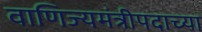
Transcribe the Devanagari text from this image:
वाणिज्यमंत्रीपदाच्या